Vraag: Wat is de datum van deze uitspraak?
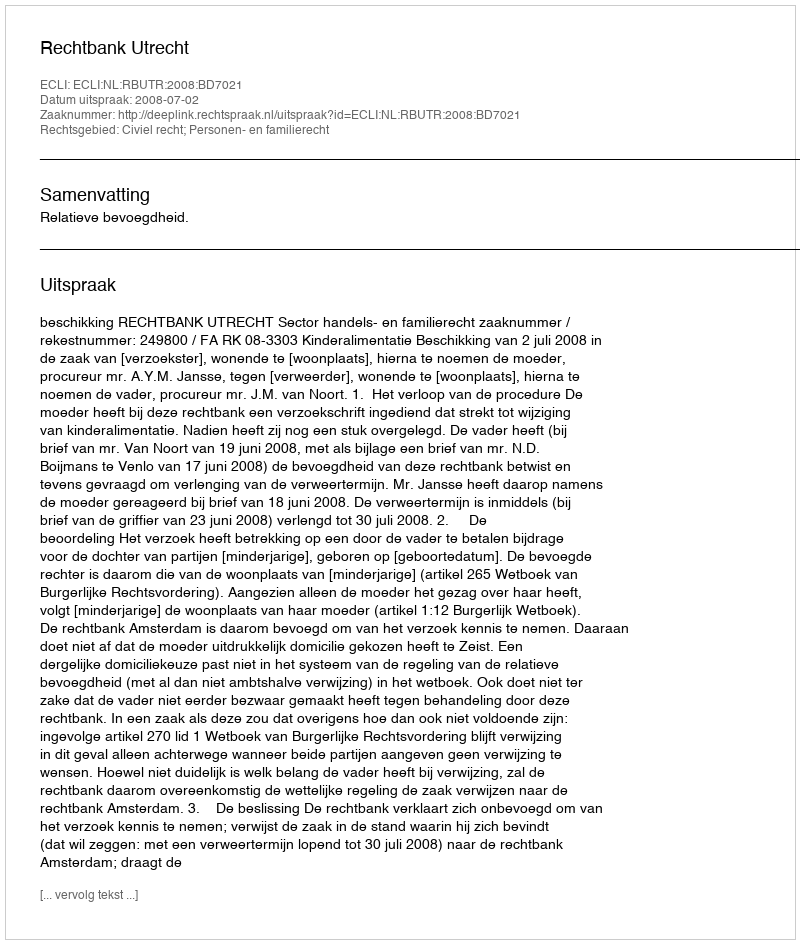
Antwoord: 2008-07-02